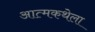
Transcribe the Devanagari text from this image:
आत्मकथेला